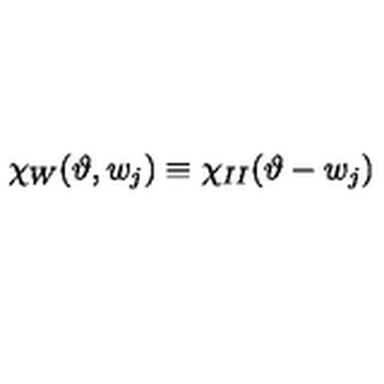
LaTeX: \chi _ { W } ( \vartheta , w _ { j } ) \equiv \chi _ { I I } ( \vartheta - w _ { j } )